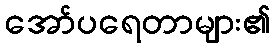
အော်ပရေတာများ၏